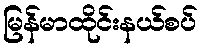
မြန်မာထိုင်းနယ်စပ်